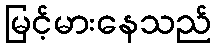
မြင့်မားနေသည်